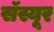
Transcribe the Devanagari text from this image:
सॅस्यूर